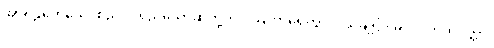
အာရုဠကေသေ၊ စည်ပင်ရှည်သောဆံတို့ကို။ ဩဟာရေတွာ၊ ပယ်ချ၍။ မလဂ္ဂဟိတပတ္တာ၊